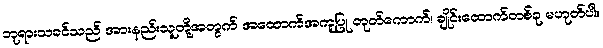
ဘုရားသခင်သည် အားနည်းသူတို့အတွက် အထောက်အကူပြု တုတ်ကောက်၊ ချိုင်းထောက်တစ်ခု မဟုတ်ပါ။